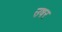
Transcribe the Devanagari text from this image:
उषर